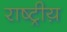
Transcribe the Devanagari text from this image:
राष्ट्रीय़